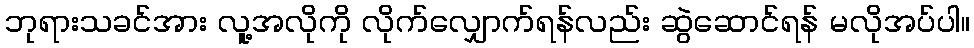
ဘုရားသခင်အား လူ့အလိုကို လိုက်လျှောက်ရန်လည်း ဆွဲဆောင်ရန် မလိုအပ်ပါ။